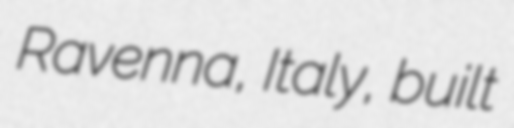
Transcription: Ravenna, Italy, built